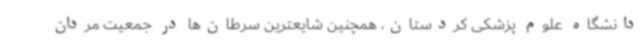
دانشگاه علوم پزشکی کردستان، همچنین شایعترین سرطان‌ها در جمعیت مردان